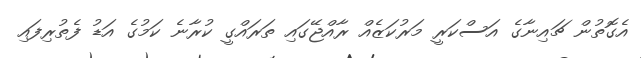
އެގޮތުން ޗައިނާގެ އަސްކަރީ މަރުކަޒެއް ރާއްޖޭގައި ތަރައްގީ ކުރާނެ ކަމުގެ އަޑު ފެތުރިފައި